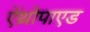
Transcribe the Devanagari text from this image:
ऐंथ्रोपाएड